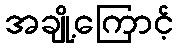
အချို့ကြောင့်